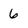
Character: 6